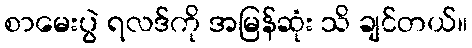
စာမေးပွဲ ရလဒ်ကို အမြန်ဆုံး သိ ချင်တယ်။